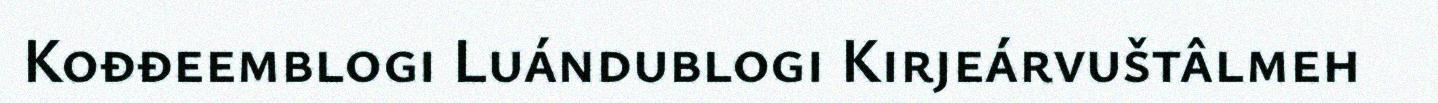
Kođđeemblogi Luándublogi Kirjeárvuštâlmeh